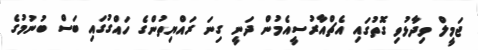
ޖަމީލް ވިދާޅުވި ގޮތުގައި އެޗްއާރުސީއެމުން ދަނީ ގިނަ ރައްޔިތުންގެ ހައްގުގައި ބަސް ބުނުމުގެ